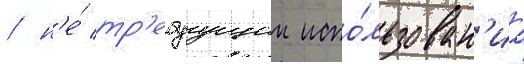
/ н'е́ тр'ебуущии испо́льзован'иа